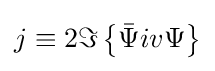
j\equiv 2\Im \left\{{\bar {\Psi }}iv\Psi \right\}